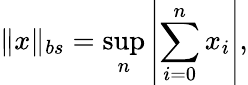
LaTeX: \| x\| _{bs}=\operatorname*{sup}_{n}\left\vert\sum_{i=0}^{n}x_{i}\right\vert,